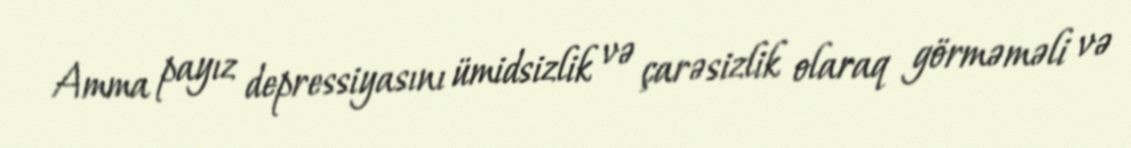
Amma payız depressiyasını ümidsizlik və çarəsizlik olaraq görməməli və